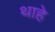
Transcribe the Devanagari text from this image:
थाहे